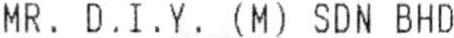
MR. D.I.Y. (M) SDN BHD